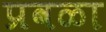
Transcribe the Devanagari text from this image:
प्रवळा